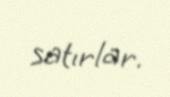
satırlar.